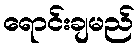
ရောင်းချမည်